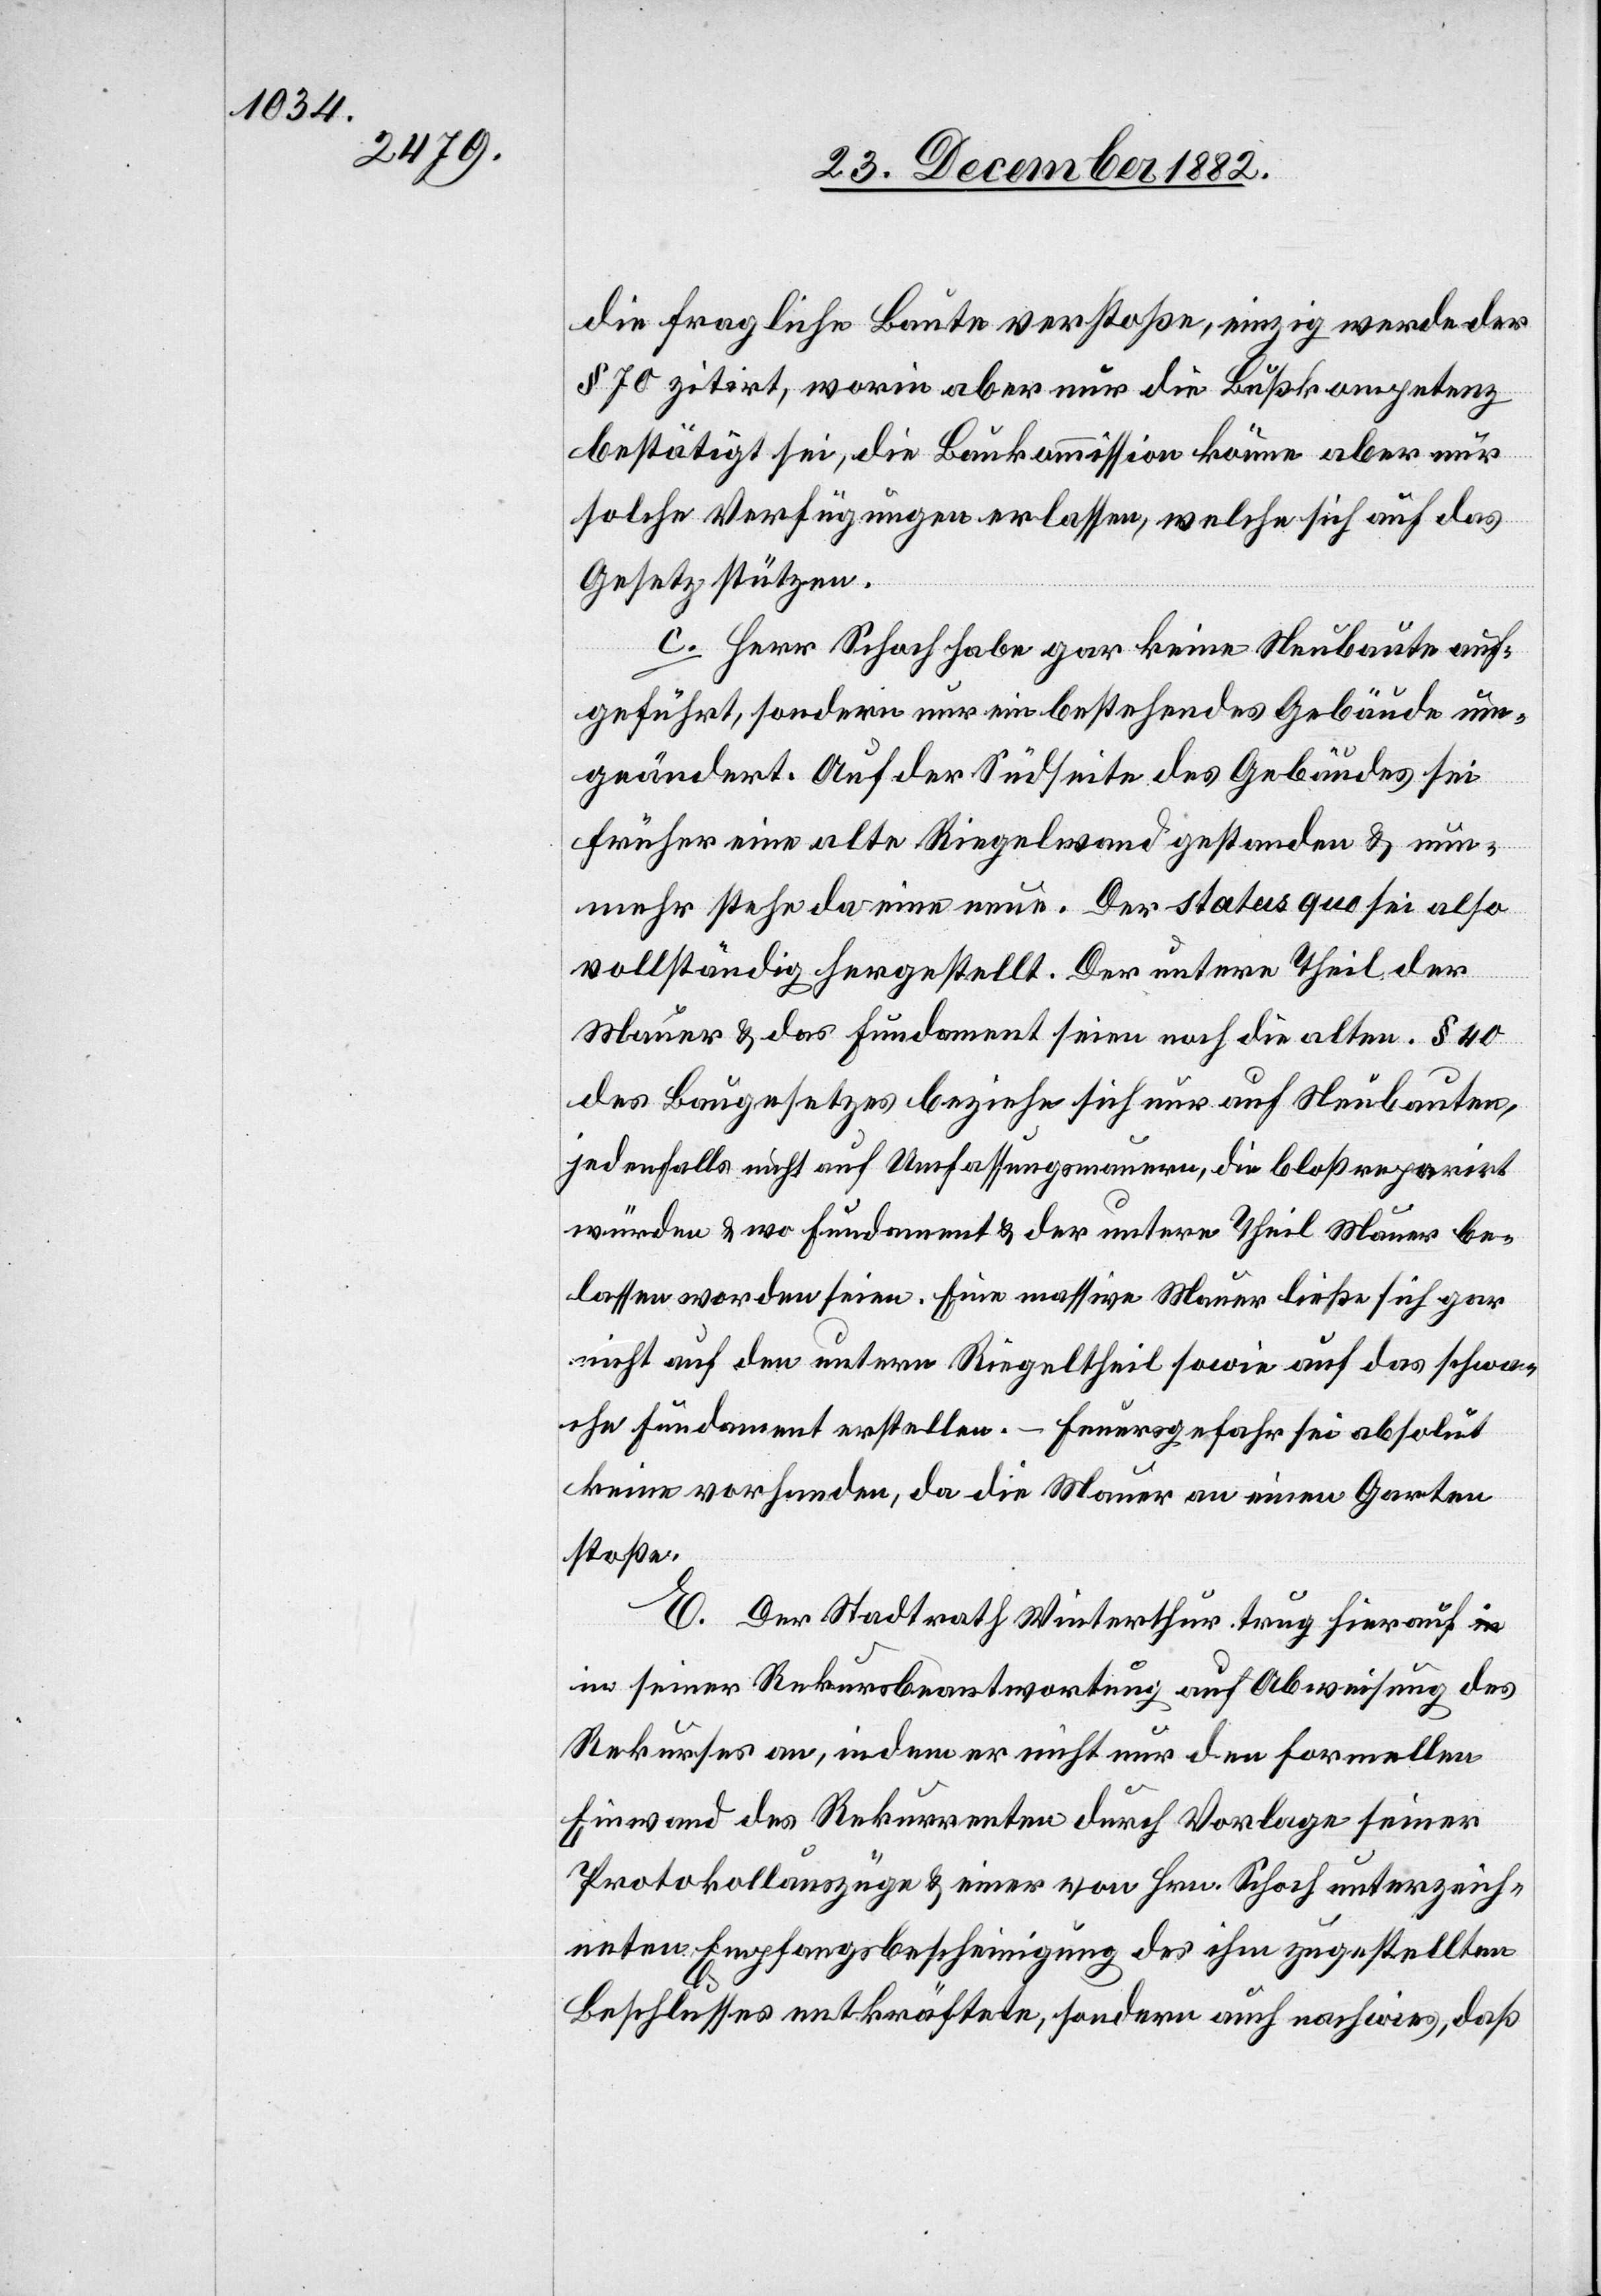
die fragliche Baute verstoße, einzig werde der
§ 70 zitirt, worin aber nur die Bußkompetenz
bestätigt sei, die Baukommission könne aber nur
solche Verfügungen erlassen, welche sich auf das
Gesetz stützen.
c. Herr Schoch habe gar keine Neubaute aus¬
geführt, sondern nur ein bestehendes Gebäude um¬
geändert. Auf der Südseite des Gebäudes sei
früher eine alte Riegelwand gestanden & nun¬
mehr stehe da eine neue. Der status quo sei also
vollständig hergestellt. Der untere Theil der
Mauer & das Fundament seien noch die alten. § 40
des Baugesetzes beziehe sich nur auf Neubauten,
jedenfalls nicht auf Umfassungsmauern, die bloß reparirt
würden & wo Fundament & der untere Theil Mauer be¬
lassen worden seien. Eine massive Mauer ließe sich gar
nicht auf den untern Riegeltheil sowie auf das schwa¬
che Fundament erstellen. – Feuergefahr sei absolut
keine vorhanden, da die Mauer an einen Garten
stoße.
E. Der Stadtrath Winterthur trug hierauf i¬
n seiner Rekursbeantwortung auf Abweisung des
Rekurses an, indem er nicht nur den formellen
Einwand des Rekurrenten durch Vorlage seiner
Protokollauszüge & einer von Hrn. Schoch unterzeich¬
neten Empfangsbescheinigung des ihm zugestellten
Beschlusses entkräftete, sondern auch nachwies, daß